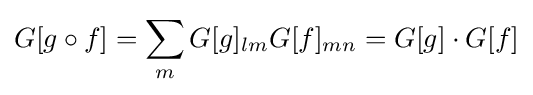
G[g\circ f]=\sum _{m}G[g]_{lm}G[f]_{mn}=G[g]\cdot G[f]